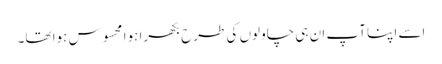
اسے اپنا آپ ان ہی چاولوں کی طرح بکھرا ہوا محسوس ہوا تھا۔